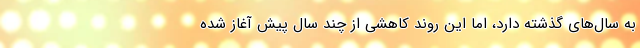
به سال‌های گذشته دارد، اما این روند کاهشی از چند سال پیش آغاز شده